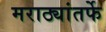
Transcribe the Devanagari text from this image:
मराठ्यांतर्फे